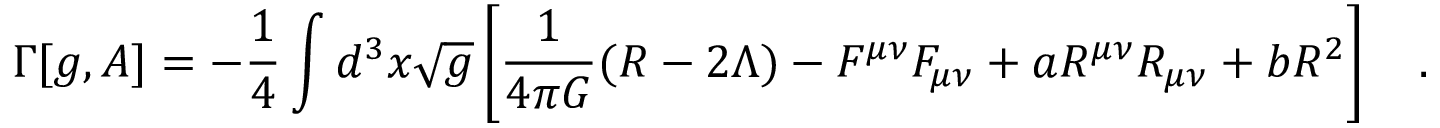
\Gamma [ g , A ] = - \frac 1 4 \int d ^ { 3 } x \sqrt { g } \left[ { \frac { 1 } { 4 \pi G } } ( R - 2 \Lambda ) - F ^ { \mu \nu } F _ { \mu \nu } + a R ^ { \mu \nu } R _ { \mu \nu } + b R ^ { 2 } \right] ~ ~ ~ .